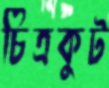
চিত্রকুট